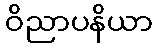
ဝိညာပနိယာ